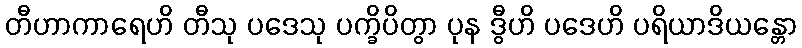
တီဟာကာရေဟိ တီသု ပဒေသု ပက္ခိပိတွာ ပုန ဒွီဟိ ပဒေဟိ ပရိယာဒိယန္တော